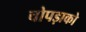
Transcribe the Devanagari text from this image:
चोपड़ाको